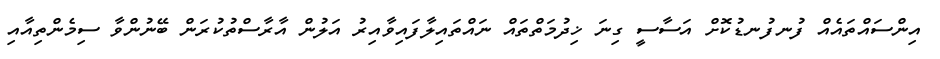
އިންސައްތައެއް ފުނފުނޑުކޮށް އަސާސީ ގިނަ ޚިދުމަތްތައް ނައްތައިލާފައިވާއިރު އަލުން އާރާސްތުކުރަން ބޭނުންވާ ސިމެންތިއާއި